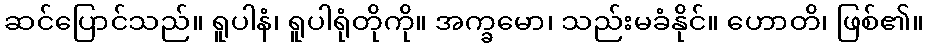
ဆင်ပြောင်သည်။ ရူပါနံ၊ ရူပါရုံတိုကို။ အက္ခမော၊ သည်းမခံနိုင်။ ဟောတိ၊ ဖြစ်၏။